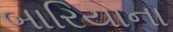
બારિયાના